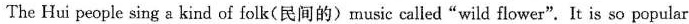
The Hui people sing a kind of folk(民间的)music called"wild flower".It is so popular